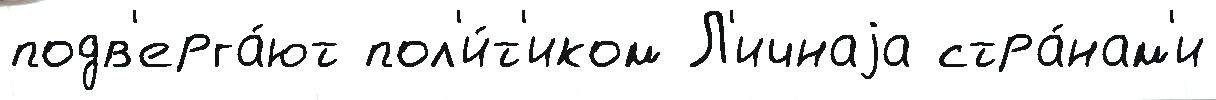
подв'ерга́ют пол'и́т'иком Л'ичнаjа стра́нам'и